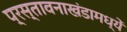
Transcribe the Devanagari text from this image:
प्रस्तावनाखंडामध्यें